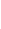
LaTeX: \mathscr{S}\! \! \! \! \! \! \! \! \! \! \! \! ^{\! }\! \! \! \! \! \! \! \! \! \! \! -\! \! \! \! \! \! \! \! \! \! \! \! =\! \! \! \! \! \! \! \! \! \! \! \! {p\! \! \! \! \! \! \! \! \! \! \! \! \in\! \! \! \! \! \! \! \! \! \! \! \! U\! \! \! \! \! \! \! \! \! \! \! \! :H\! \! \! \! \! \! \! \! \! \! \! \! (p\! \! \! \! \! \! \! \! \! \! \! \! )\! \! \! \! \! \! \! \! \! \! \! \! \leq\! \! \! \! \! \! \! \! \! \! \! \! \! \! \! \! \! \! \! \! \! \! \! \! 0\! \! \! \! \! \! \! \! \! \! \! \! \! \! \! \! \! \! \! \! \! \! \! \! }\! \! \! \! \! \! \! \! \! \! \! \! ,\! \! \! \! \! \! \! \! \! \! \!